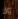
ولا